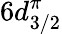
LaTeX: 6d_{3/2}^{\pi}